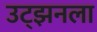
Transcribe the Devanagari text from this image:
उट्झनला